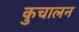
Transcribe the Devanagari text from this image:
कुचालन